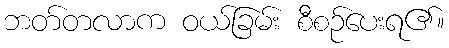
ဘတ်တလာက ဝယ်ခြမ်း စီစဉ်ပေးရ၏။